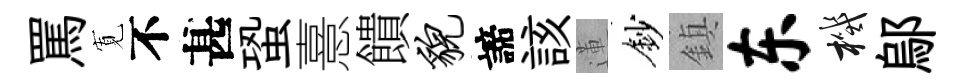
罵𡩖不甚蛩憙饋貌諦該蓮鈔鎮东機鄔